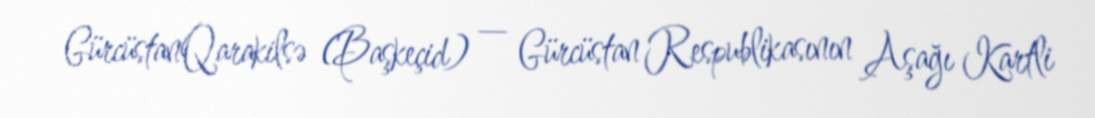
GürcüstanQarakilsə (Başkeçid) — Gürcüstan Respublikasının Aşağı Kartli